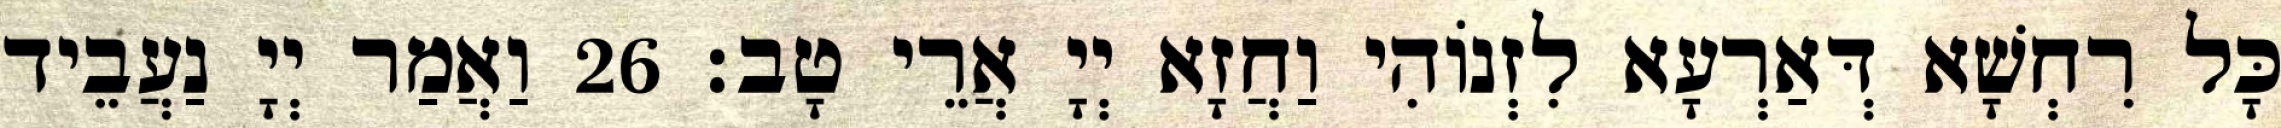
כָּל רִחְשָׁא דְּאַרְעָא לִזְנוֹהִי וַחֲזָא יְיָ אֲרֵי טָב׃ 26 וַאֲמַר יְיָ נַעֲבֵיד